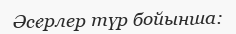
Әсерлер түр бойынша: